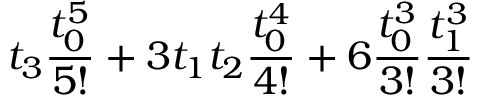
t _ { 3 } \frac { t _ { 0 } ^ { 5 } } { 5 ! } + 3 t _ { 1 } t _ { 2 } \frac { t _ { 0 } ^ { 4 } } { 4 ! } + 6 \frac { t _ { 0 } ^ { 3 } } { 3 ! } \frac { t _ { 1 } ^ { 3 } } { 3 ! }